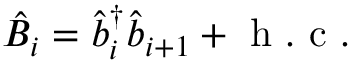
\hat { B } _ { i } = \hat { b } _ { i } ^ { \dagger } \hat { b } _ { i + 1 } + \mathrm { ~ h ~ . ~ c ~ . ~ }